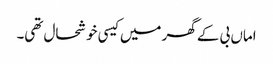
اماں بی کے گھر میں کیسی خوشحال تھی۔